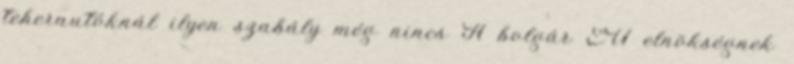
teherautóknál ilyen szabály még nincs A bolgár EU elnökségnek